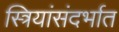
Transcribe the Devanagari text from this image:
स्त्रियांसंदर्भात